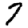
Digit: 7